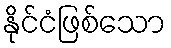
နိုင်ငံဖြစ်သော